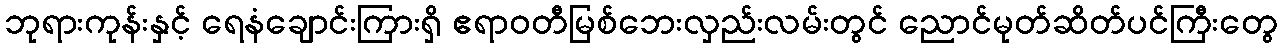
ဘုရားကုန်းနှင့် ရေနံချောင်းကြားရှိ ဧရာဝတီမြစ်ဘေးလှည်းလမ်းတွင် ညောင်မုတ်ဆိတ်ပင်ကြီးတွေ